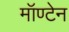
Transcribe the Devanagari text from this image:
मॉण्टेन